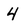
Character: 4